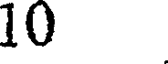
10